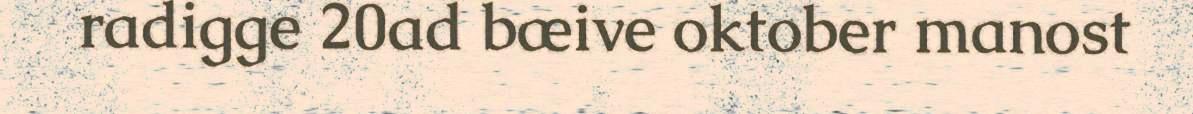
radigge 20ad bæive oktober manost